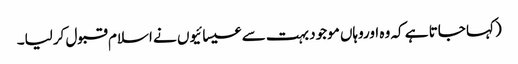
(کہا جاتا ہے کہ وہ اوروہاں موجود بہت سے عیسائیوں نے اسلام قبول کرلیا۔